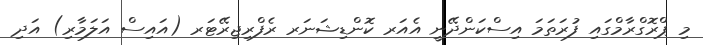
މި ޕްރޮގްރާމްގައި ފުރަތަމަ އިސްކަންދޭނީ އެއަރ ކޮންޑިޝަނަރ ރެފްރިޖިރޭޓަރ (އައިސް އަލަމާރި) އަދި